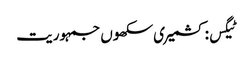
ٹیگس: کشمیری سکھوں جمہوریت